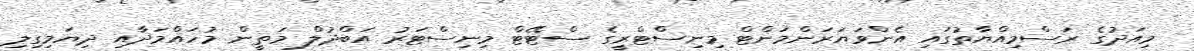
މިއަދުގެ ރަސްމިއްޔާތުގައި އެންވަޔަރަންމަންޓް މިނިސްޓްރީގެ ސްޓޭޓް މިނިސްޓަރު އަބްދުލް މަތީން މުހައްމަދާއި ދިޔަމިގިލި